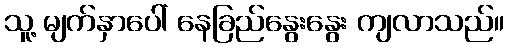
သူ့ မျက်နှာပေါ် နေခြည်နွေးနွေး ကျလာသည်။